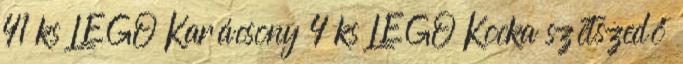
41 ks LEGO Karácsony 4 ks LEGO Kocka szétszedő